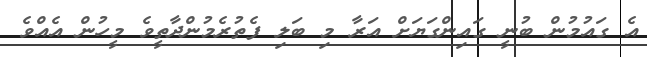
އެ ގައުމުން ބުނީ ގައިންގަޔަށް އަރާ މި ބަލި ފެތުރެމުންދާތީވެ މީހުން އެއްވެ